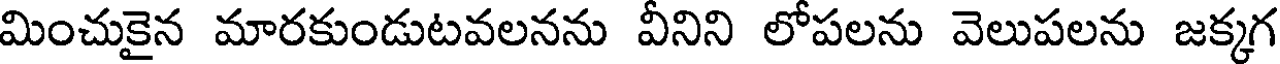
మించుకైన మారకుండుటవలనను వీనిని లోపలను వెలుపలను జక్కగ